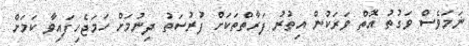
ނަމަވެސް ވަގުތު އޮތް ވަރަކުން އިތުރު ފަރާތްތަކަށް ފުރުސަތު ދިނުމަށް ހަމަޖެހިފައިވާ ކަމަށް